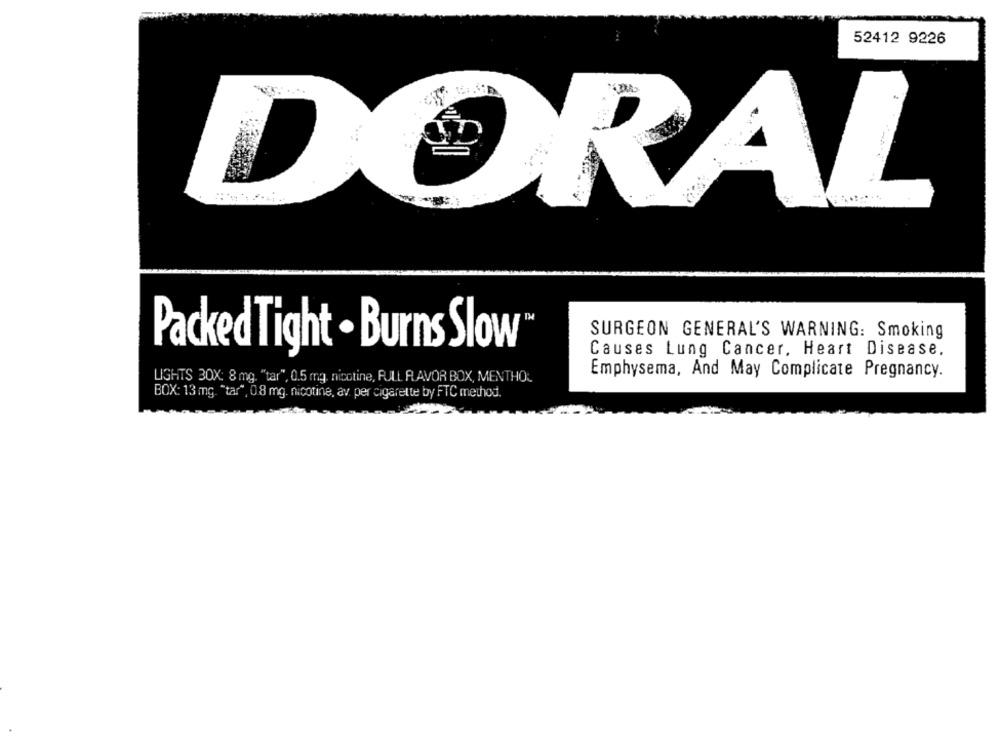
52412 9226
RAL
D
SURGEON GENERAL'S WARNING: Smoking
Packed Tight . Burns Slow
Causes Lung Cancer, Heart Disease.
LIGHTS 30X: 8 mg. "tar", 0.5 mg. nicotine, RULL FLAVOR BOX, MENTHOL
Emphysema, And May Complicate Pregnancy.
BOX: 13 mg. "tar", 0.8 mg. nicotine, av. per cigarette by FTC method.